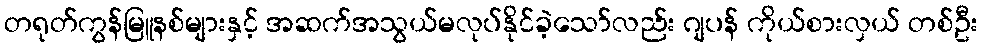
တရုတ်ကွန်မြူနစ်များနှင့် အဆက်အသွယ်မလုပ်နိုင်ခဲ့သော်လည်း ဂျပန် ကိုယ်စားလှယ် တစ်ဦး